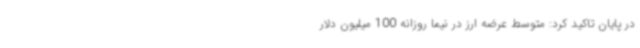
در پایان تاکید کرد: متوسط عرضه ارز در نیما روزانه 100 میلیون دلار